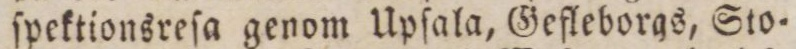
ſpektionsreſa genom Upſala, Gefleborgs, Sto=